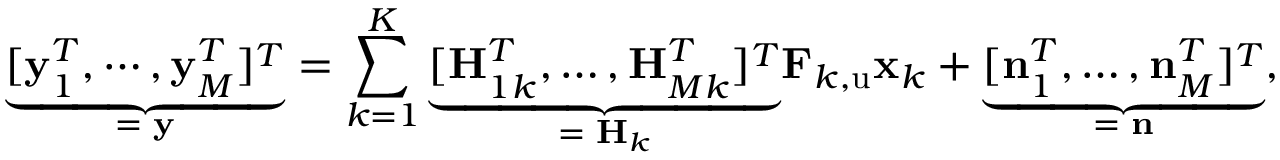
\underset { = \, \, \mathbf { y } } { \underbrace { [ \mathbf { y } _ { 1 } ^ { T } , \cdots , \mathbf { y } _ { M } ^ { T } ] ^ { T } } } = \sum _ { k = 1 } ^ { K } { \underset { = \, \, \mathbf { H } _ { k } } { \underbrace { [ \mathbf { H } _ { 1 k } ^ { T } , \dots , \mathbf { H } _ { M k } ^ { T } ] ^ { T } } } \mathbf { F } _ { k , \mathrm { u } } \mathbf { x } _ { k } } + \underset { = \, \, \mathbf { n } } { \underbrace { [ \mathbf { n } _ { 1 } ^ { T } , \dots , \mathbf { n } _ { M } ^ { T } ] ^ { T } } } ,